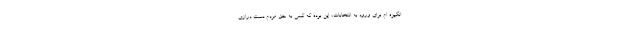
انگیزه ام برای ورود به انتخابات، این بوده که کسی به حق مردم دست درازی